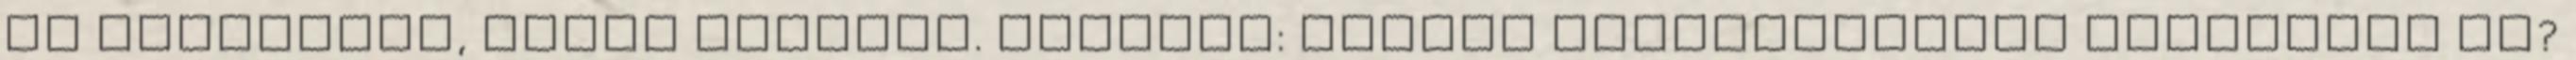
ha szeretnék, akkor mehetek. Bikemag: Milyen feltételekkel igazoltál le?